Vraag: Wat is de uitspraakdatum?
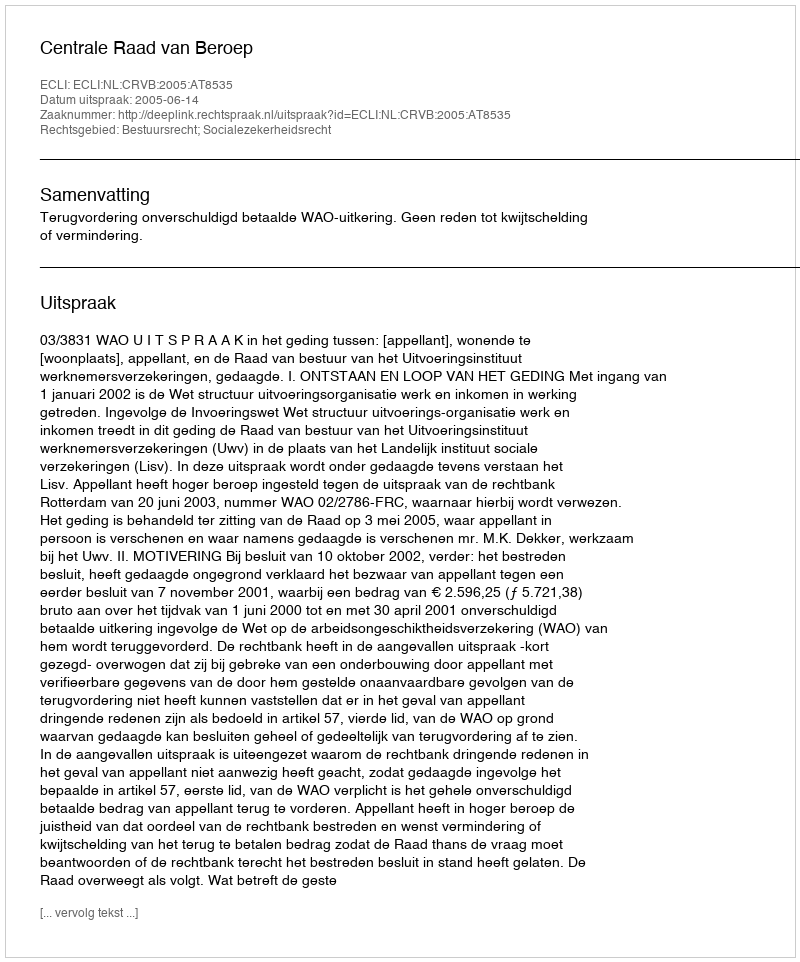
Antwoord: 2005-06-14